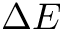
\Delta E